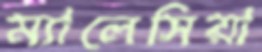
ম্যালেসিয়া